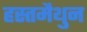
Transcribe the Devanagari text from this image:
हस्‍तमैथुन